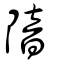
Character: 隌